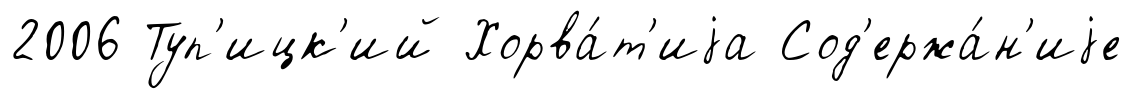
2006 Туп'ицк'ий Хорва́т'иjа Сод'ержа́н'иjе